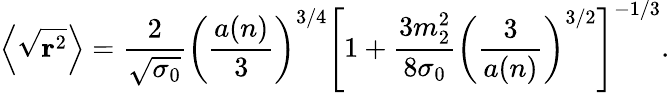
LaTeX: \left\langle\sqrt{{\mathbf r}^{2}}\right\rangle=\frac 2{\sqrt{\sigma_{0}}}\left(\frac{a(n)}3\right)^{3/4}\left[1+\frac{3m_{2}^{2}}{8\sigma_{0}}\left(\frac 3{a(n)}\right)^{3/2}\right]^{-1/3}.